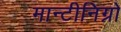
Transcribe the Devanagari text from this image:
मान्टीनिग्रो